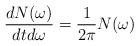
LaTeX: \begin{align*}\frac{dN(\omega)}{dtd\omega} = \frac{1}{2\pi} N(\omega)\end{align*}